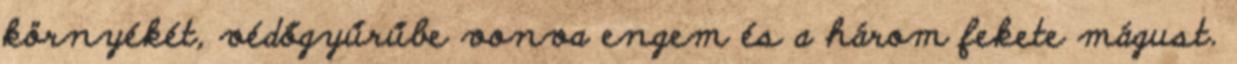
környékét, védőgyűrűbe vonva engem és a három fekete mágust.